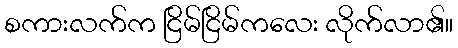
စကားလက်က ငြိမ်ငြိမ်ကလေး လိုက်လာ၏။